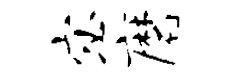
宓磨